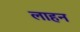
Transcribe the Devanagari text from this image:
लाहन